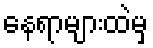
နေရာများထဲမှ